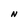
Character: N